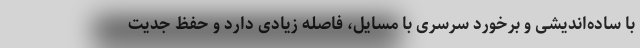
با ساده‌اندیشی و برخورد سرسری با مسایل، فاصله زیادی دارد و حفظ جدیت